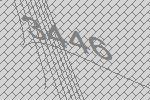
3446